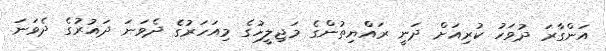
އަންގާރަ ދުވަހު ކުރިއަށް ދަނީ ރައްޔިތުންގެ މަޖިލީހުގެ މިއަހަރުގެ ދެވަނަ ދައުރުގެ ދެވަނަ